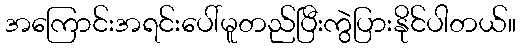
အကြောင်းအရင်းပေါ်မူတည်ပြီးကွဲပြားနိုင်ပါတယ်။